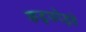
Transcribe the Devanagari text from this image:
कढ़फोड़वे